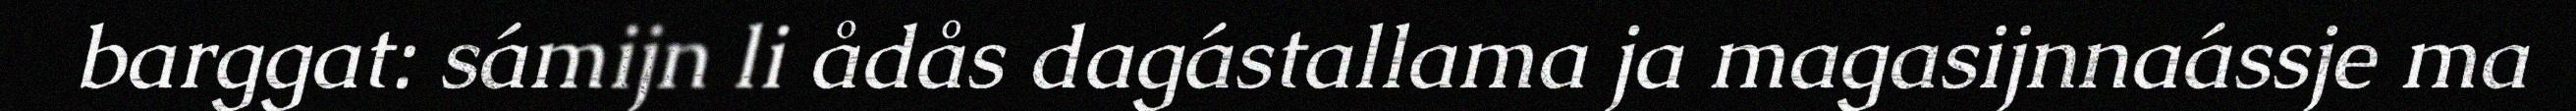
barggat: sámijn li ådås dagástallama ja magasijnnaássje ma